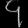
Digit: ၄